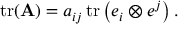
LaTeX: \operatorname { t r } ( \mathbf { A } ) = a _ { i j } \operatorname { t r } \left( e _ { i } \otimes e ^ { j } \right) .